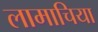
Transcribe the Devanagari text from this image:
लामाचिया